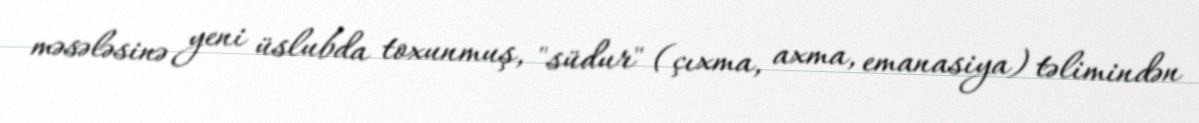
məsələsinə yeni üslubda toxunmuş, "südur" (çıxma, axma, emanasiya) təlimindən